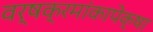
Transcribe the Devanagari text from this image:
वर्षक्रमांकापेक्षा